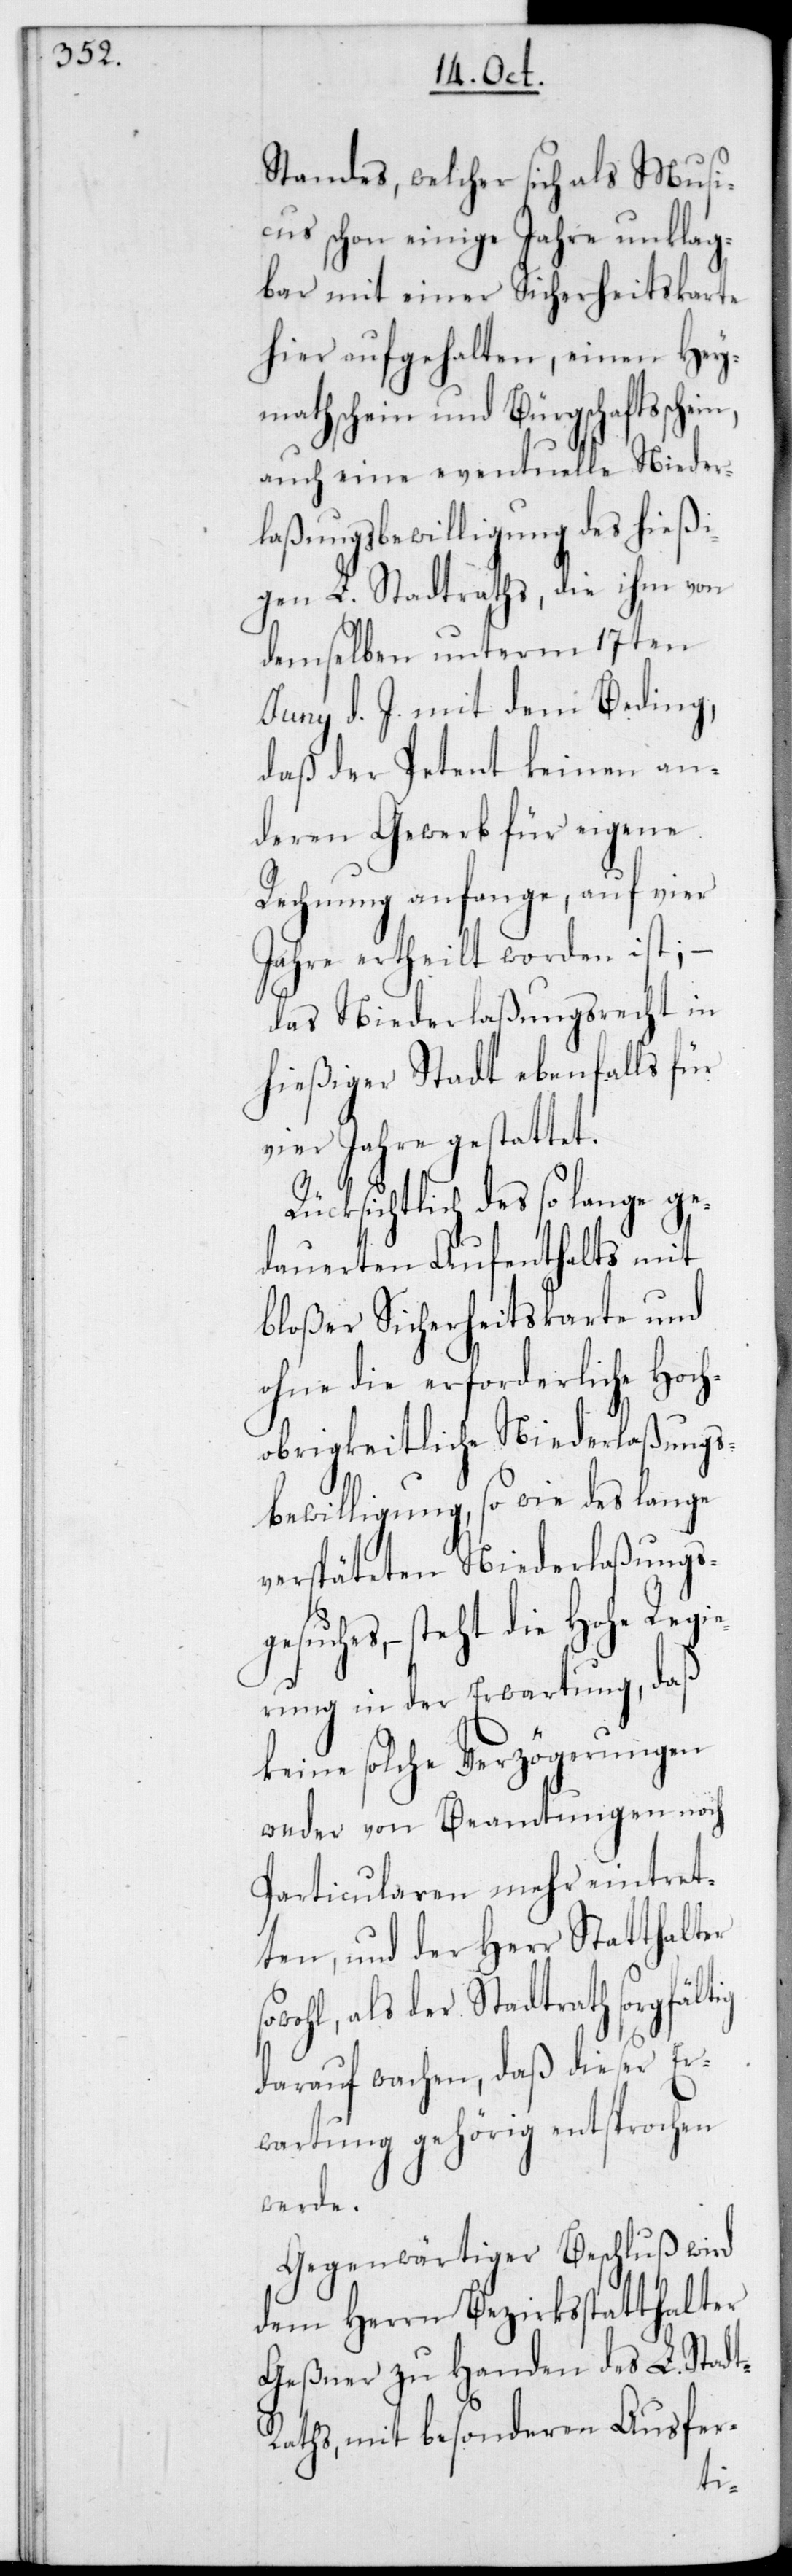
Standes, welcher sich als Musi¬
cus schon einige Jahre unklag¬
bar mit einer Sicherheitskarte
hier aufgehalten, einen Hey¬
mathschein und Bürgschaftsschein,
auch eine eventuelle Nieder¬
laßungsbewilligung des hießi¬
gen L. Stadtraths, die ihm von
demselben unterm 17ten
Junii d. J. mit dem Beding,
daß der Petent keinen an¬
deren Gewerb für eigene
Rechnung anfange, auf vier
Jahre ertheilt worden ist; –
das Niederlaßungsrecht in
hießiger Stadt ebenfalls für
vier Jahre gestattet.
Rücksichtlich des so lange ge¬
dauerten Aufenthalts mit
bloßer Sicherheitskarte und
ohne die erforderliche Hoch¬
obrigkeitliche Niederlaßungs¬
bewilligung, sowie des lange
verspäteten Niederlaßungs¬
gesuchs, – steht die Hohe Regie¬
rung in der Erwartung, daß
keine solche Verzögerungen
weder von Beamtungen noch
Particularen mehr eintret¬
ten, und der Herr Statthalter
wohl, als der Stadtrath sorgfältig
darauf wachen, daß dieser Er¬
wartung gehörig entsprochen
werde.
Gegenwärtiger Beschluß wird
dem Herrn Bezirksstatthalter
Geßner zu Handen des L. Stadt¬
raths, mit besonderen Ausfer-
so¬